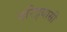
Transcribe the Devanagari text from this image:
दरिद्र्यासी